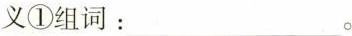
义①组词：___。